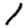
Digit: 1